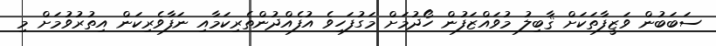
ސަބަބުން ވަޒީފާތަކަށް ޤާބިލު މުވައްޒަފުން ހޯދުމަށް މަގުފަހިވެ އުފެއްދުންތެރިކަމާއި ނަފާވެރިކަން އިތުރުވުމަށް މި